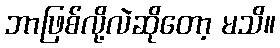
ဘာဖြစ်လို့လဲဆိုတော့ မသိ။